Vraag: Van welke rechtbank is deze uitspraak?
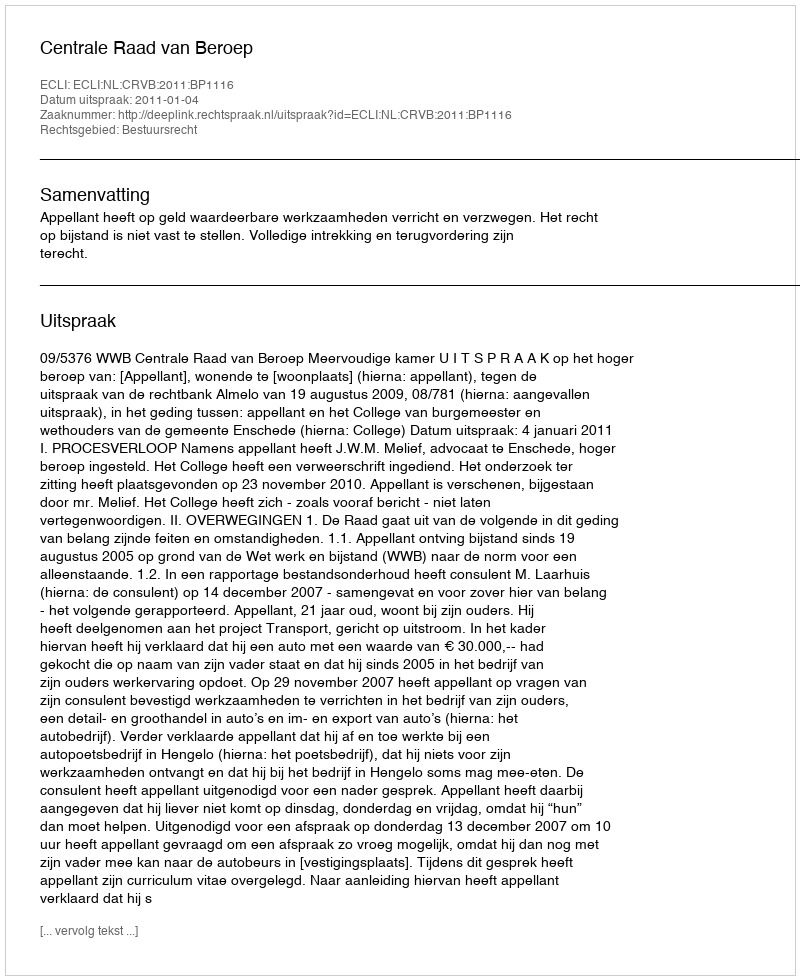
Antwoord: Centrale Raad van Beroep